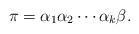
LaTeX: \begin{align*}\pi=\alpha_1 \alpha_2 \cdots \alpha_k \beta.\end{align*}